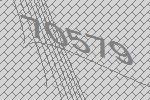
70579